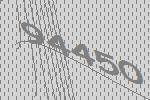
94450